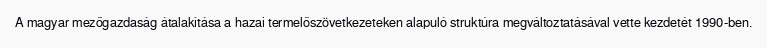
A magyar mezőgazdaság átalakítása a hazai termelőszövetkezeteken alapuló struktúra megváltoztatásával vette kezdetét 1990-ben.